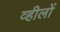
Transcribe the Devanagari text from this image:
व्हीलों